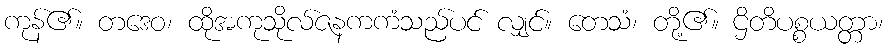
ကုန်၏။ တဒေဝ၊ ထိုအကုသိုလ်ဇနကကံသည်ပင် လျှင်။ တေသံ၊ တို့၏။ ဌိတိပစ္စယတ္တာ၊